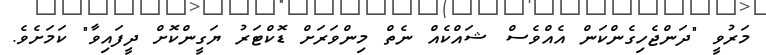
މަރުވީ "ދަންޖެހިގެންކަން އެއްވެސް ޝައްކެއް ނެތް މިންވަރަށް ޑޮކްޓަރު ޔަގީންކޮށް ދީފައިވާ" ކަމަށެވެ.